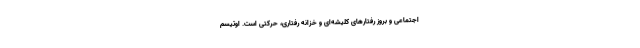
اجتماعی و بروز رفتارهای کلیشه‌ای و خزانه‌ رفتاری، حرکتی است. اوتیسم